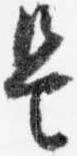
是